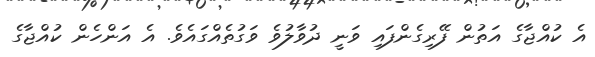
އެ ކުއްޖާގެ އަތުން ފޭރިގެންފައި ވަނީ ދުވާލުވެ ވަގުތެއްގައެވެ. އެ އަންހެން ކުއްޖާގެ